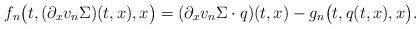
LaTeX: \begin{align*}&f_n\big(t, (\partial_xv_n\Sigma)(t, x),x \big) = (\partial_xv_n\Sigma\cdot q)(t,x) - g_n\big(t, q(t,x),x\big).\end{align*}